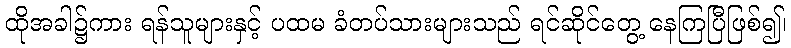
ထိုအခါ၌ကား ရန်သူများနှင့် ပထမ ခံတပ်သားများသည် ရင်ဆိုင်တွေ့ နေကြပြီဖြစ်၍၊